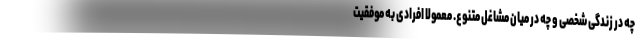
چه در زندگی شخصی و چه در میان مشاغل متنوع. معمولا افرادی به موفقیت